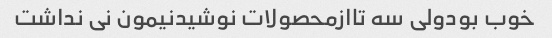
خوب بودولی سه تاازمحصولات نوشیدنیمون نی نداشت